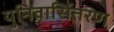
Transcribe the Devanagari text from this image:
युनिवार्सितरण